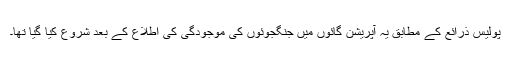
پولیس ذرائع کے مطابق یہ آپریشن گائوں میں جنگجوئوں کی موجودگی کی اطلاع کے بعد شروع کیا گیا تھا۔